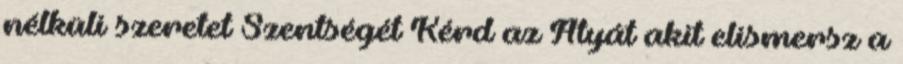
nélküli szeretet Szentségét Kérd az Atyát akit elismersz a